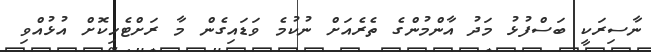
ނާސިރަކީ ބަސްފުޅު މަދު އާންމުންގެ ތެރެއަށް ނުކުމެ ވަޑައިގެން މާ ރަށްޓެހިކޮށް އުޅުއްވި